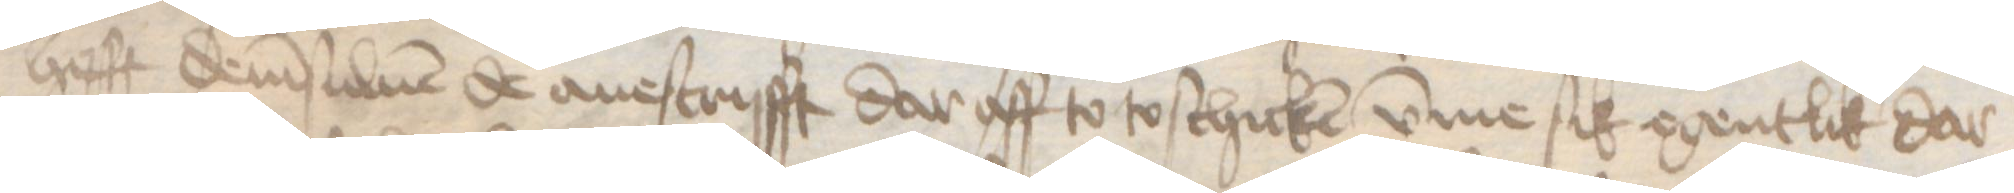
hefft demsuluen de auescrifft dar aff to to schicken vmme sik egentlik dar